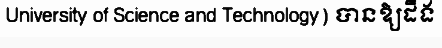
University of Science and Technology) បានឱ្យដឹង